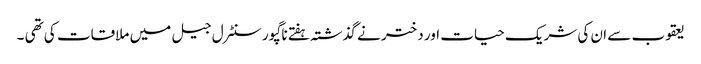
یعقوب سے ان کی شریک حیات اور دختر نے گذشتہ ہفتے ناگپور سنٹرل جیل میں ملاقات کی تھی ۔